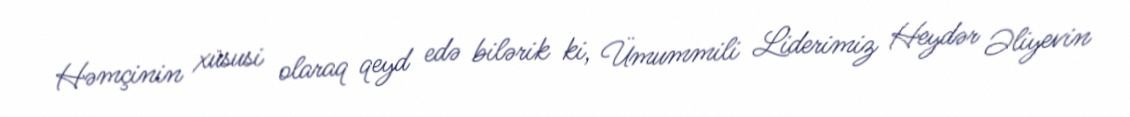
Həmçinin xüsusi olaraq qeyd edə bilərik ki, Ümummili Liderimiz Heydər Əliyevin